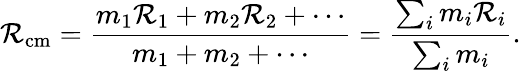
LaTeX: \mathcal{R}_{\mathrm{{cm}}}={\frac{{m_{1}\mathcal{R}_{1}+m_{2}\mathcal{R}_{2}+\cdots}}{{m_{1}+m_{2}+\cdots}}}={\frac{{\sum_{i}m_{i}\mathcal{R}_{i}}}{{\sum_{i}m_{i}}}}.